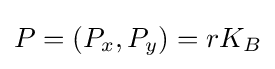
P=(P_{x},P_{y})=rK_{B}